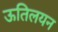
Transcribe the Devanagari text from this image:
ऊतिलयन